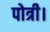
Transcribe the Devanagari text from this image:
पोत्री।